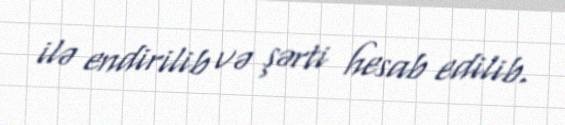
ilə endirilib və şərti hesab edilib.